Report on sanitation, dispensaries, and jails in Rajputana for 1919, and on vaccination for the year 1919-1920 - 1919-1920
Year: 1919
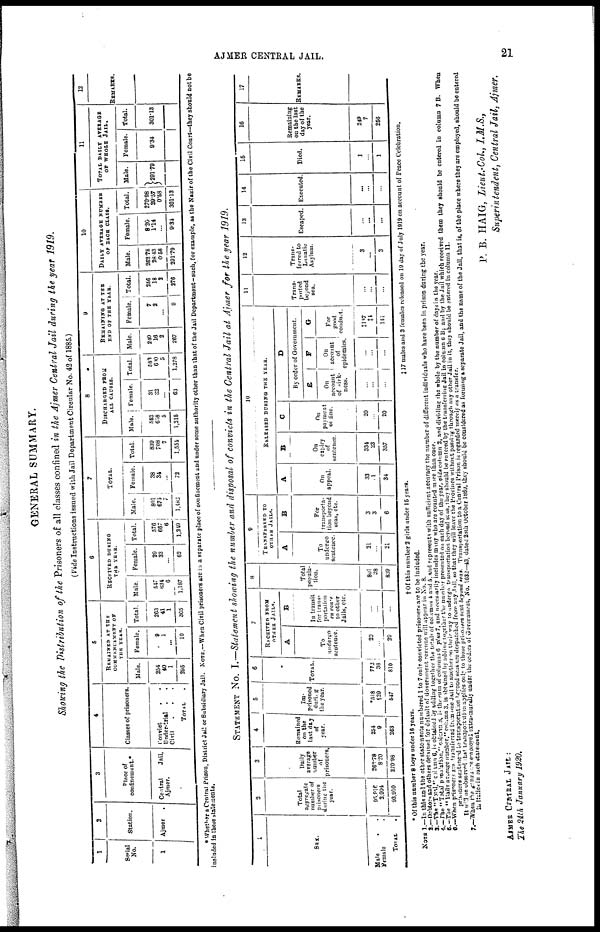
AJMER CENTRAL JAIL.
21
GENERAL SUMMARY.
Showing the Distribution of the Prisoners of all classes confined in the Ajmer Central Jail during the year 1919.
(Vide Instructions issued with Jail Department Circular No. 42 of 1885.)
1
Serial
No.
1
2
Station.
Ajmer
.
3
Place of
confinement.*
Central
Jail,
Ajmer.
4
Classes of prisonors.
Conviet
.
.
Under-trial . .
Civil . . .
TOTAL .
5
REMAINED AT THE
COMMENCEMENT OF
THE YEAR.
Male.
254
40
1
295
Female.
9
1
...
10
Total.
263
41
1
305
6
RECEIVED DURING
THE YEAR.
Male.
547
634
6
1,187
Female.
29
33
...
63
Total.
576
667
6
1,249
7
TOTAL.
Male.
801
674
7
1,482
Female.
38
34
...
72
Total.
839
708
7
1,554
8
DISCHARGED FROM
ALL CAUSES.
Male.
552
688
5
1,215
Female.
31
32
...
63
Total.
583
610
5
1,278
9
REMAINING AT THE
END OF THE YEAR.
Male.
240
16
2
267
Female.
7
2
...
9
Total.
256
18
2
276
10
DAILY AVERAGE NUMBER
OF EACH CLASS.
Male.
262.78
28.43
0.58
291.79
Female.
8.20
1.14
...
9.34
Total.
270.98
29.57
0.58
301.13
11
TOTAL DAILY AVERAGE
OF WHOLE JAIL.
Male.
291.79
Female.
9.34
Total.
301.13
12
REMARKS
* Whether a Central Prison District Jail or Subsidiary Jail. NOTE.—When Civil prisoners arc in a separate place of confinement and under some authority other than that of the Jail Department-such, for example, as the Nazir of the Civil Court—they should not be
included in the e statements.
STATEMENT NO. I.—Statement showing the number and disposal of convicts in the Central Jail at Ajmer for the year 1919.
1
SEX.
Male .
Female .
TOTAL .
2
Total
aggregate
number of
prisoners
during the
year.
95,916
2,994
93,910
3
Daily
average
number
of
prisoners.
262.78
8.20
270.98
4
Remained
on the
last day
of
year.
254
9
263
5
Im-
prisoned
during
the year.
*518
29
547
6
TOTAL.
773
38
810
7
RECEIVED FROM
OTHER JAILS.
A
To
undergo
sentence.
29
...
29
B
In transit
for trans-
portation
en rowe
to other
Jails, etc.
...
...
...
8
Total
popula-
tion.
801
38
839
9
TRANSFERRED
TO
OTHER JAILS.
A
To
undergo
sentence.
21
...
21
B
For
transporta-
tion beyond
seas, etc.
3
3
6
10
RELEASED DURING THE YEAR.
A
On
appeal.
33
1
34
B
On
expiry
of
sentence.
334
23
357
C
On
payment
of fine.
20
...
20
D
By order of Government.
E
On
account
of sick-
ness.
...
...
...
F
On
account
of
epidemics.
...
...
...
G
For
good
conduct.
‡137
‡4
141
11
Trans-
ported
beyond
sea.
...
...
...
12
Trans-
ferred to
Lunatic
Asylum.
3
...
3
13
Escaped.
...
...
...
14
Executed.
...
...
...
15
Died.
1
...
1
16
Remaining
on the last
day of the
year.
249
7
256
17
REMARKS.
* Of this number 8 boys under 16 years.
† Of this number 2 girls under 15 years.
‡17 males and 3 females released on 10 day of July 1919 on account of Pcacc Celebration.
NOTE 1.—In this and the other statements numbered 1 to 7 only convicted prisoners are to be included.
2.—Debtors and others detained for default of Government revenue will appear in No. 8.
5.—The "Total," columns 6, is obtained by adding together the totals of columns 4 and 5. and reprecents with sufficient accuracy the number of different individuals who have been in prison during the year.
4.—The " Total population," column 8, is the sum of columns 6 plus 7, and necessarily includes many who are counted more than once.
5.—The "Daily average number,"column 3. is obtain by adding together the number presented on each day of the year, vide column 2, and dividing the whole by the number of days in the year.
6.—When prisoner are transferred from one Jail to another on their way to undergo transportation beyond seas, they should be entered by the transferring Jail in column 6B; and by the Jail which received them they should be entered in column 7 B. When
prisoner seatened to transportation beyond seas are despatched from any Jail, so that they will leave the Province without passing through any other Jail in it, they should be entered in column 11.
It will be observed that transportation applies only to those prisoners sent beyond seas. Trunsportation to a Central Prison in regarded merely as a transfer.
7.—When the gangs are employed extra-murally under the orders of Government, No. 1632—43, dated 28th October 1869, they should be considered as forming a separate Jail, and the name of the Jail, that is, of the place where they are employed, should be entered
in Italics in each statement.
AJMER CENTRAL JAIL:
The 21th January 1920.
P. B. HAIG, Lieut.-Col, I.M.S.,
Superintendent, Central Jail, Ajmer.